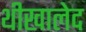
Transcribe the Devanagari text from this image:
थीखालेद